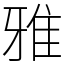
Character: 雅